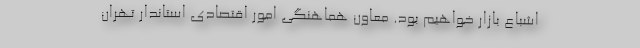
اشباع بازار خواهیم بود. معاون هماهنگی امور اقتصادی استاندار تهران